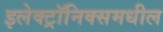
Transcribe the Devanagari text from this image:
इलेक्ट्रॉनिक्समधील